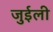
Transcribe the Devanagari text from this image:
जुईली